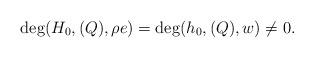
LaTeX: \begin{align*}\deg(H_0,(Q), \rho e) = \deg(h_0,(Q),w) \not= 0.\end{align*}